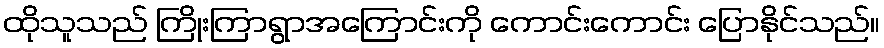
ထိုသူသည် ကြိုးကြာရွာအကြောင်းကို ကောင်းကောင်း ပြောနိုင်သည်။